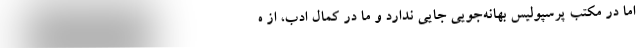
اما در مکتب پرسپولیس بهانه‌جویی جایی ندارد و ما در کمال ادب، از ه